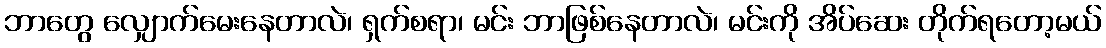
ဘာတွေ လျှောက်မေးနေတာလဲ၊ ရှက်စရာ၊ မင်း ဘာဖြစ်နေတာလဲ၊ မင်းကို အိပ်ဆေး တိုက်ရတော့မယ်